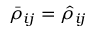
\bar { \rho } _ { i j } = \hat { \rho } _ { i j }